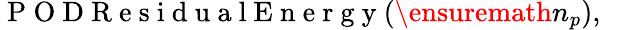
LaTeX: \mathrm{~P~O~D~R~e~s~i~d~u~a~l~E~n~e~r~g~y~}(\ensuremath{n_{p}}),\; \